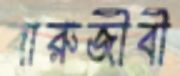
বারুজীবী